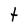
Character: t